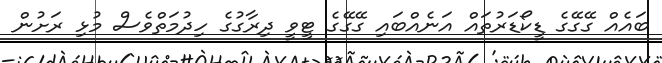
ބައެއް ގޭގޭގެ ޑީކޯޑަރުތައް އަނެއްބައި ގޭގޭގެ ޓީވީ ދިރާގުގެ ހިދުމަތްވެސް މުޅި ރަށުން